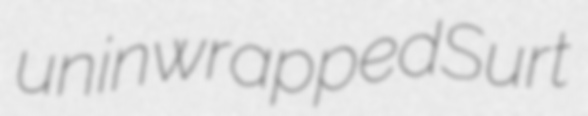
uninwrapped Surt